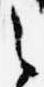
之